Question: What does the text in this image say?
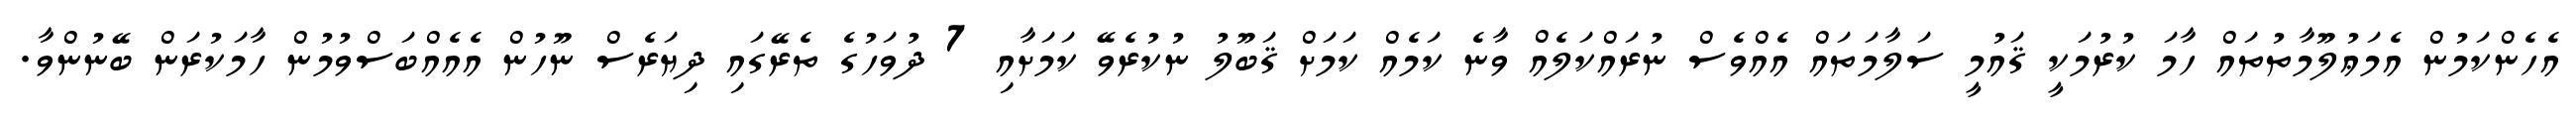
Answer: އެހެންކަމުން އެމަޢުލޫމާތުތައް ހާމަ ކުރުމަކީ ޤައުމީ ސަލާމަތައް އެއްވެސް ނުރައްކަލެއް ވާނެ ކަމެއް ކަމަށް ޤަބޫލު ނުކުރެވޭ ކަމަށާއި 7 ދުވަހުގެ ތެރޭގައި ދިޔަރެސް ނޫހުން އެއެއްބަސްވުމުން ހާމަކުރަން ބޭނުންވާ.